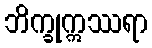
ဘိက္ခုဣဿရာ